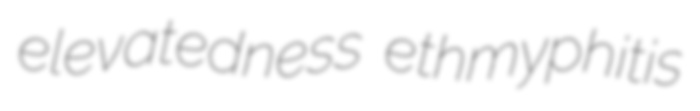
elevatedness ethmyphitis